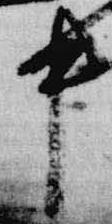
中